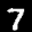
Label: 7